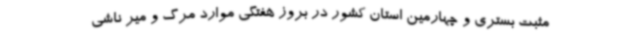
مثبت بستری و چهارمین استان کشور در بروز هفتگی موارد مرگ و میر ناشی